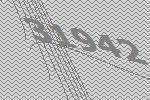
31942